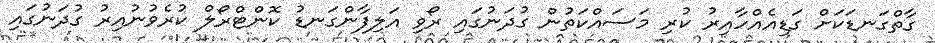
ގާތްގަނޑަކަށް ގަޑިއެއްހާއިރު ކުރި މަސައްކަތުން ގުދަނުގައި ރޯވި އަލިފާންގަނޑު ކޮންޓްރޯލް ކުރެވުނުއިރު ގުދަނުގައި